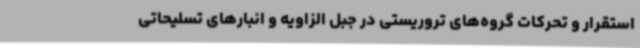
استقرار و تحرکات گروه‌های تروریستی در جبل الزاویه و انبارهای تسلیحاتی